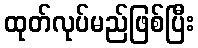
ထုတ်လုပ်မည်ဖြစ်ပြီး